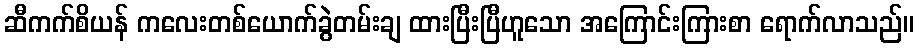
ဆီကက်စိယန် ကလေးတစ်ယောက်ခွဲတမ်းချ ထားပြီးပြီဟူသော အကြောင်းကြားစာ ရောက်လာသည်။